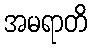
အမရာတိ